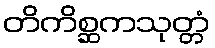
တိကိစ္ဆကသုတ္တံ